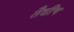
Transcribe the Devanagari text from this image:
तैशींच